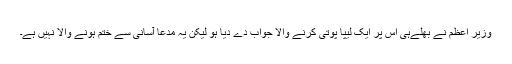
وزیر اعظم نے بھلےہی اس پر ایک لیپا پوتی کرنے والا جواب دے دیا ہو لیکن یہ مدعا آسانی سے ختم ہونے والا نہیں ہے۔